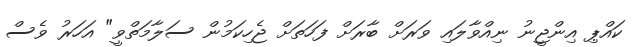
ކައްޕި އިންޖީނު ނިއްވާލައި ވަރަށް ބާރަށް ފަހަތަށް ޖެހިކަމުން ސަލާމަތްވީ" އަހަރު ވެސް